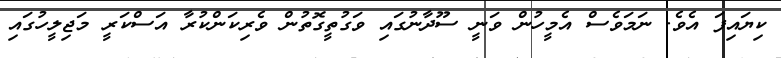
ކިޔައިފަ އެވެ. ނަމަވެސް އެމީހުން ވަނީ ސޫދާނުގައި ވަގުތީގޮތުން ވެރިކަންކުރާ އަސްކަރީ މަޖިލީހުގައި